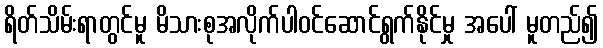
ရိတ်သိမ်းရာတွင်မူ မိသားစုအလိုက်ပါဝင်ဆောင်ရွက်နိုင်မှု အပေါ် မူတည်၍